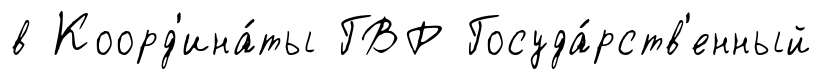
в Коорд'ина́ты ГВР Госуда́рств'енный